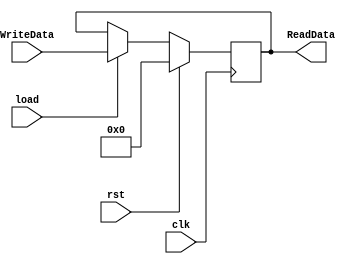
// registru parametrizabil, cu incarcare PARALELA si iesire PARALELA
module rpp #(parameter N = 32)	 // N = dimensiunea registrului 
(	
	input clk,					//!
	input rst ,					// activ 1 , sincron
	input load,   				// comanda incarcare ,  activ pe 1 (vine de la iesirea decodificatorului si ajunge pe registrul in care trebuie scrise date)		
	input [N-1:0] WriteData, 	// intrare de date
	output[N-1:0] ReadData      // iesire de date
);

reg[N-1:0] tmp;	        		// starea (continutul)	registrului

always@(posedge clk)	//!	   				// always va fi executat cand apare un eveniment pe oricare dintre intrari
    if(rst)
		tmp = {N{1'b0}};		// initializare circuit
	else 
		if(load)			 	// modelare operatie incarcare
			tmp = WriteData;    // a datei in registru     
	
assign ReadData = tmp;          // modelare comportament iesire

endmodule